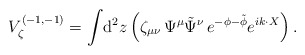
\begin{align*}V^{(-1,-1)}_\zeta = \int\!{\rm d}^2z\,\Big(\zeta_{\mu \nu}\, \Psi^\mu \tilde\Psi^\nu \,e^{-\phi-\tilde\phi}e^{ik\cdot X}\Big)\,.\end{align*}